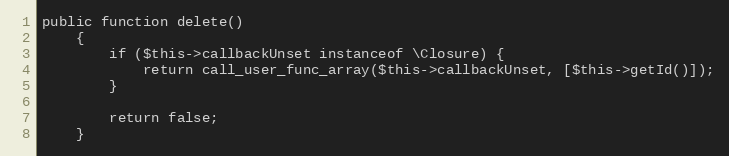
Language: PHP
public function delete()
    {
        if ($this->callbackUnset instanceof \Closure) {
            return call_user_func_array($this->callbackUnset, [$this->getId()]);
        }

        return false;
    }